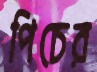
পিচের